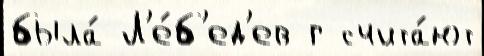
была́ Л'е́б'ед'ев г счита́ют